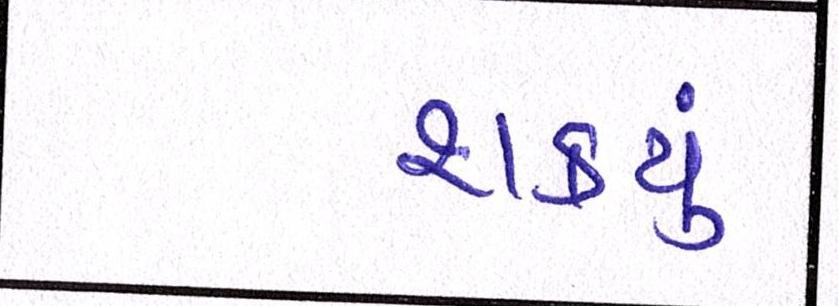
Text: શકયું